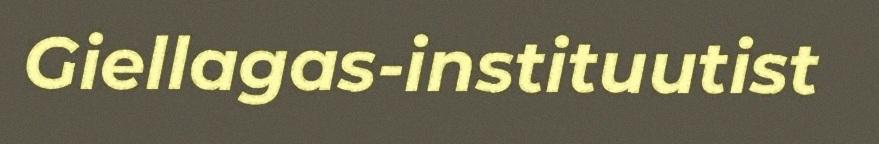
Giellagas-instituutist